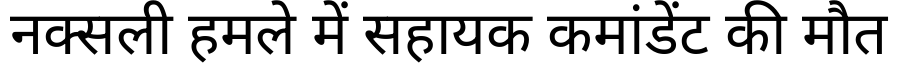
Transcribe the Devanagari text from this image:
नक्सली हमले में सहायक कमांडेंट की मौत